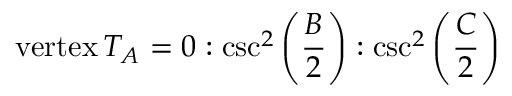
{ \mathrm { v e r t e x } } \, T _ { A } = 0 : \csc ^ { 2 } \left( { \frac { B } { 2 } } \right) : \csc ^ { 2 } \left( { \frac { C } { 2 } } \right)